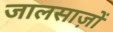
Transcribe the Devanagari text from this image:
जालसाज़ों